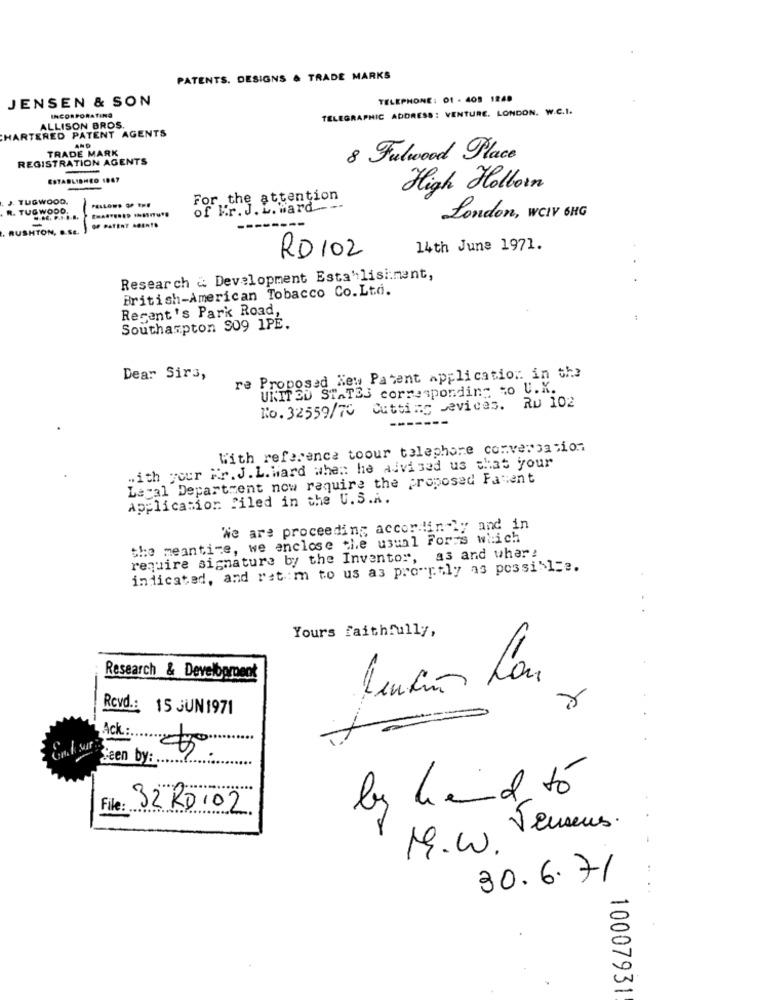
PATENTS. DESIGNS & TRADE MARKS
JENSEN & SON
TELEPHONE: 01 - 408 1248
TELEGRAPHIC ADDRESS: VENTURE. LONDON. W.C.I.
INCORPORATING
CHARTERED PATENT AGENTS
ALLISON BROS.
TRADE MARK
REGISTRATION AGENTS
8 Fulwood Place
ESTABLISHED 1967
High Holborn
J. TUGWOOD.
-
For the attention
R. TUGWOOD.
of Er. J. L. ward ---
OF PATENT AGENTS
London, WCIV 6HG
RUSHTON, D.SE.
-
RD102
14th June 1971.
Research & Development Esta'lisi:ment,
British-American Tobacco Co.Ltd.
Recent's Park Road,
Southampton 909 1PE.
Dear Sirs,
re Proposed New Patent application in the
UNITED STATES corresponding to U.X.
No. 32559/70 Cutting Devices. Ru 102
With reference toour talephore conversation
with your Mr. J. L. Ward when he advised us that your
Legal Department now require the proposed Fasent
Application filed in the U.S.A.
We are proceeding accordingly and in
the meantime, we enclose the usual Forms which
require signature by the Inventor, as and wher!
indicated, and rat:m to us as promptly as possible.
. .
Yours faithfully,
Research & Development
Rcvd .: 15 JUN 1971
Seen by: ..
by hand to
File:
32 RO102
Jeuseus.
M.W.
30.6.71
10007931